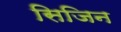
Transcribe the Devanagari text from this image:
सिजिन